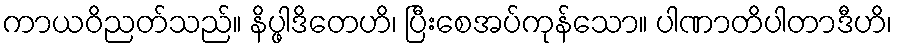
ကာယဝိညတ်သည်။ နိပ္ဖါဒိတေဟိ၊ ပြီးစေအပ်ကုန်သော။ ပါဏာတိပါတာဒီဟိ၊